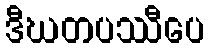
ဒီဃတပဿီပေ